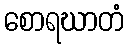
စောရဃာတံ